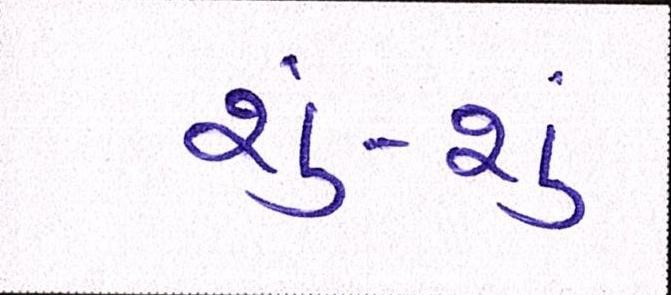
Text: શું-શું